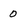
Character: 0